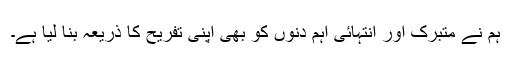
ہم نے متبرک اور انتہائی اہم دنوں کو بھی اپنی تفریح کا ذریعہ بنا لیا ہے۔